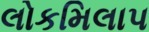
લોકમિલાપ